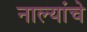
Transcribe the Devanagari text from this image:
नाल्यांचे